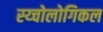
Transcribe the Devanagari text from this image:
स्य्चोलोगिकल